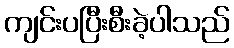
ကျင်းပပြီးစီးခဲ့ပါသည်